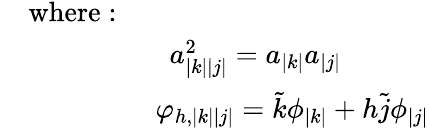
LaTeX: \begin{array}{rl}&{\mathrm{where:~}}\\ &{~~~~~~~~~~~~~~~~~~~~a_{\left|k\right|\left|j\right|}^{2}=a_{\left|k\right|}a_{\left|j\right|}}\\ &{~~~~~~~~~~~~~~~~~~\varphi_{h,\left|k\right|\left|j\right|}=\tilde{k}\phi_{\left|k\right|}+h\tilde{j}\phi_{\left|j\right|}}\end{array}